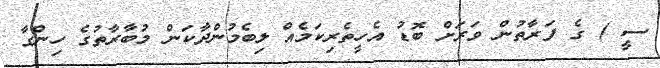
ސީ ) ގެ ފަރާތުން ވަރަށް ބޮޑު އެހީތެރިކަމެއް ލިބެމުންދާކަން މުބާރާތުގެ ހިންގާ